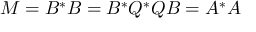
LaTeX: M = B ^ { * } B = B ^ { * } Q ^ { * } Q B = A ^ { * } A